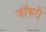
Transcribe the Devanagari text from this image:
जॉफरी